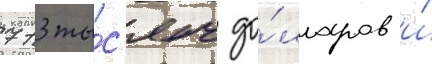
713 ты́с'яч до́лларов и́